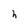
Character: h